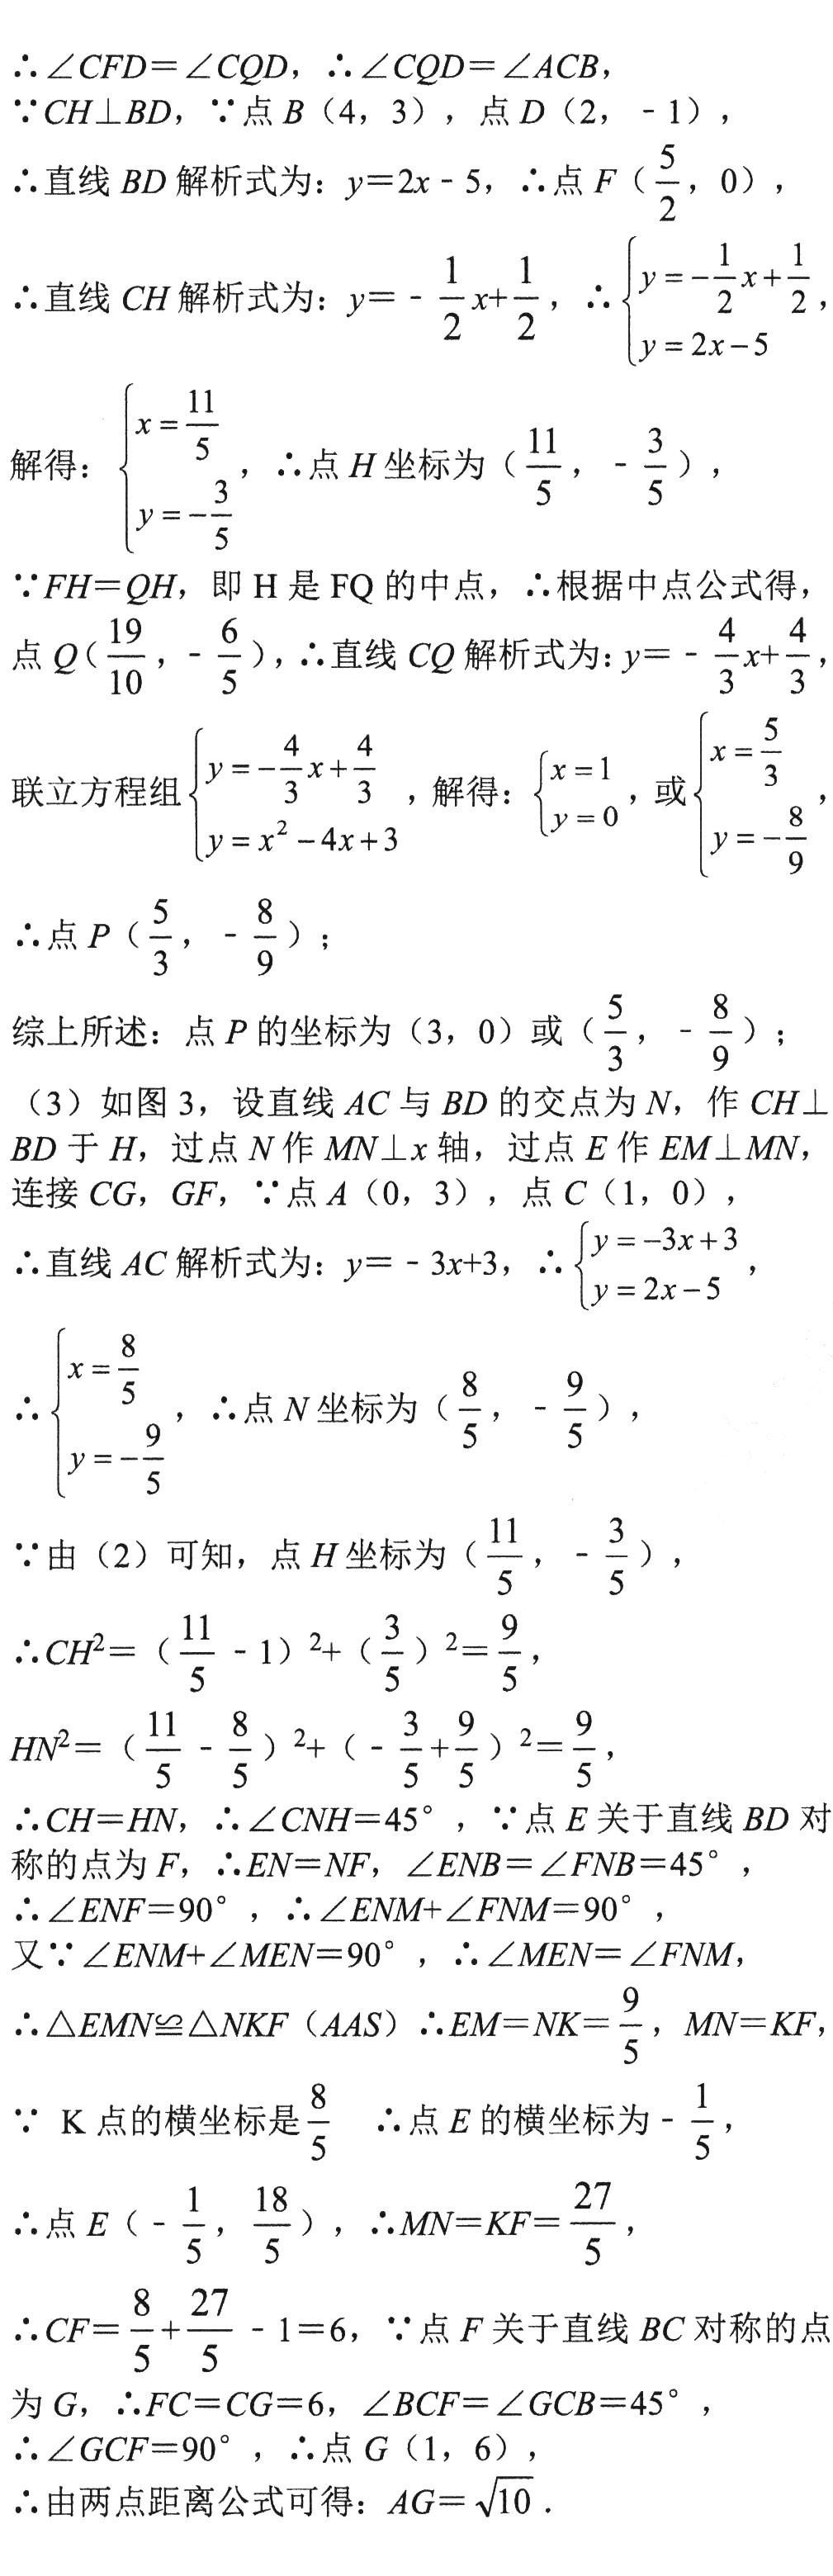
\(\therefore\angle CFD = \angle CQD,\therefore\angle CQD=\angle ACB,\)
\(\because CH\perp BD,\because\)点\(B(4,3)\)，点\(D(2, - 1)\)，
\(\therefore\)直线\(BD\)解析式为：\(y = 2x-5,\therefore\)点\(F(\frac{5}{2},0)\)，
\(\therefore\)直线\(CH\)解析式为：\(y=-\frac{1}{2}x+\frac{1}{2},\therefore\begin{cases}y = -\frac{1}{2}x+\frac{1}{2}\\y = 2x - 5\end{cases}\)
解得：\(\begin{cases}x=\frac{11}{5}\\y = -\frac{3}{5}\end{cases},\therefore\)点\(H\)坐标为\((\frac{11}{5},-\frac{3}{5})\)，
\(\because FH = QH\)，即\(H\)是\(FQ\)的中点，\(\therefore\)根据中点公式得，
点\(Q(\frac{19}{10},-\frac{6}{5})\)，\(\therefore\)直线\(CQ\)解析式为：\(y = -\frac{4}{3}x+\frac{4}{3}\)
联立方程组\(\begin{cases}y = -\frac{4}{3}x+\frac{4}{3}\\y = x^{2}-4x + 3\end{cases}\)，解得：\(\begin{cases}x = 1\\y = 0\end{cases}\)，或\(\begin{cases}x=\frac{5}{3}\\y = -\frac{8}{9}\end{cases}\)，
\(\therefore\)点\(P(\frac{5}{3},-\frac{8}{9})\)；
综上所述：点\(P\)的坐标为\((3,0)\)或\((\frac{5}{3},-\frac{8}{9})\)；
（3）如图\(3\)，设直线\(AC\)与\(BD\)的交点为\(N\)，作\(CH\perp BD\)于\(H\)，过点\(N\)作\(MN\perp x\)轴，过点\(E\)作\(EM\perp MN\)，
连接\(CG\)，\(GF\)，\(\because\)点\(A(0,3)\)，点\(C(1,0)\)，
\(\therefore\)直线\(AC\)解析式为：\(y=-3x + 3,\therefore\begin{cases}y=-3x + 3\\y = 2x-5\end{cases}\)，
\(\therefore\begin{cases}x=\frac{8}{5}\\y = -\frac{9}{5}\end{cases},\therefore\)点\(N\)坐标为\((\frac{8}{5},-\frac{9}{5})\)，
\(\because\)由（2）可知，点\(H\)坐标为\((\frac{11}{5},-\frac{3}{5})\)，
\(\therefore CH^{2}=(\frac{11}{5}-1)^{2}+(\frac{3}{5})^{2}=\frac{9}{5}\)，
\(HN^{2}=(\frac{11}{5}-\frac{8}{5})^{2}+(-\frac{3}{5}+\frac{9}{5})^{2}=\frac{9}{5}\)，
\(\therefore CH = HN,\therefore\angle CNH = 45^{\circ},\because\)点\(E\)关于直线\(BD\)对称的点为\(F\)，\(\therefore EN = NF,\angle ENB=\angle FNB = 45^{\circ}\)，
\(\therefore\angle ENF = 90^{\circ},\therefore\angle ENM+\angle FNM = 90^{\circ}\)，
又\(\because\angle ENM+\angle MEN = 90^{\circ},\therefore\angle MEN=\angle FNM\)，
\(\therefore\triangle EMN\cong\triangle NKF(AAS)\therefore EM = NK=\frac{9}{5},MN = KF\)，
\(\because\) \(K\)点的横坐标是\(\frac{8}{5}\) \(\therefore\)点\(E\)的横坐标为\(-\frac{1}{5}\)，
\(\therefore\)点\(E(-\frac{1}{5},\frac{18}{5})\)，\(\therefore MN = KF=\frac{27}{5}\)，
\(\therefore CF=\frac{8}{5}+\frac{27}{5}-1 = 6,\because\)点\(F\)关于直线\(BC\)对称的点为\(G\)，\(\therefore FC = CG = 6,\angle BCF=\angle GCB = 45^{\circ}\)，
\(\therefore\angle GCF = 90^{\circ},\therefore\)点\(G(1,6)\)，
\(\therefore\)由两点距离公式可得：\(AG=\sqrt{10}\)．